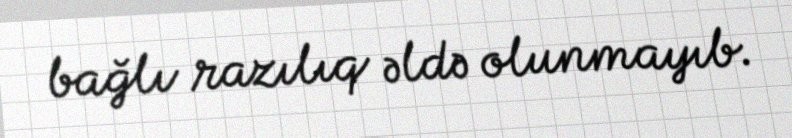
bağlı razılıq əldə olunmayıb.